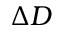
\Delta D